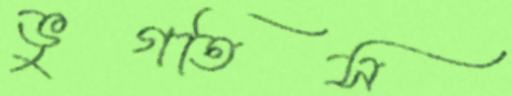
ভুগতিস